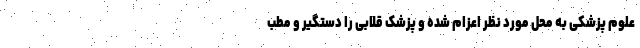
علوم پزشکی به محل مورد نظر اعزام شده و پزشک قلابی را دستگیر و مطب